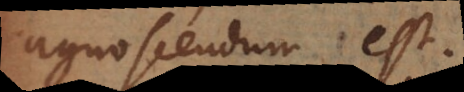
agnoscendum est.